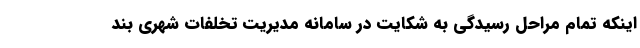
اینکه تمام مراحل رسیدگی به شکایت در سامانه مدیریت تخلفات شهری بند